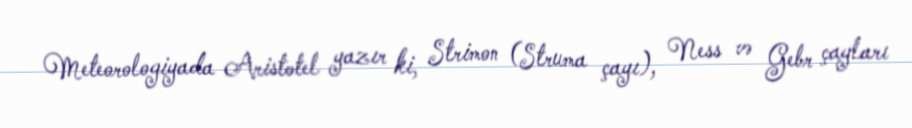
Meteorologiyada Aristotel yazır ki, Strimon (Struma çayı), Ness və Gebr çayları